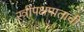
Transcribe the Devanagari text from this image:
स्त्रीपक्षपाताची